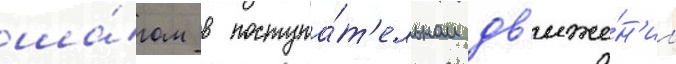
ша́гом в поступа́т'ельном дв'иже́н'ии